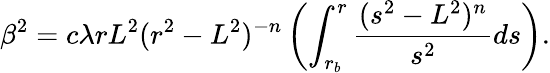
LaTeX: \beta^{2}=c\lambda rL^{2}(r^{2}-L^{2})^{-n}\left(\int_{r_{b}}^{r}\frac{(s^{2}-L^{2})^{n}}{s^{2}}ds\right).